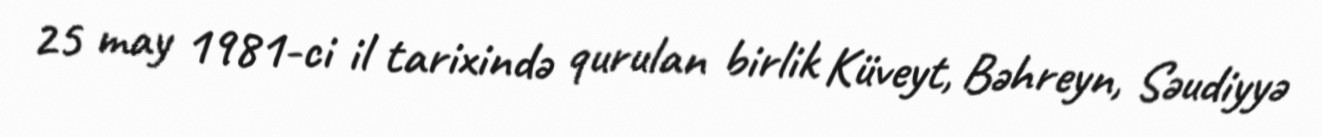
25 may 1981-ci il tarixində qurulan birlik Küveyt, Bəhreyn, Səudiyyə